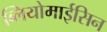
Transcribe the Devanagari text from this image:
ब्लियोमाईसिन